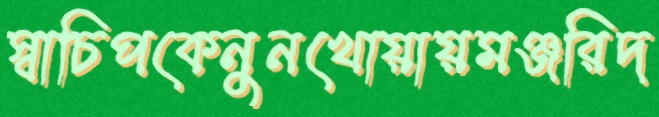
স্বাচিপকেনুনখোয়ায়মঞ্জরিদ